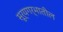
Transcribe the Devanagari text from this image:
सूर्यगर्भातील